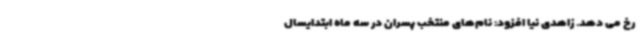
رخ می دهد. زاهدی نیا افزود: نام‌های منتخب پسران در سه ماه ابتدایسال